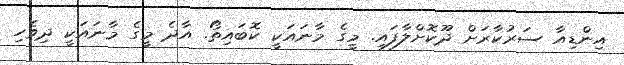
އިންޑިއާ ސަރުކާރަށް ދޫކޮށްލާފައި. މީގެ މާނައަކީ ކޮބައިތޯ. އާދެ މީގެ މާނައަކީ ދިވެހި